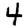
Digit: 4